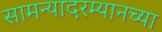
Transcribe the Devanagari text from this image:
सामन्यादरम्यानच्या